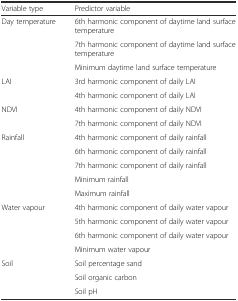
<table><thead><tr><td><b>Variable type</b></td><td><b>Predictor variable</b></td></tr></thead><tbody><tr><td rowspan="3">Day temperature</td><td>6th harmonic component of daytime land surface temperature</td></tr><tr><td>7th harmonic component of daytime land surface temperature</td></tr><tr><td>Minimum daytime land surface temperature</td></tr><tr><td rowspan="2">LAI</td><td>3rd harmonic component of daily LAI</td></tr><tr><td>4th harmonic component of daily LAI</td></tr><tr><td rowspan="2">NDVI</td><td>4th harmonic component of daily NDVI</td></tr><tr><td>7th harmonic component of daily NDVI</td></tr><tr><td rowspan="5">Rainfall</td><td>4th harmonic component of daily rainfall</td></tr><tr><td>6th harmonic component of daily rainfall</td></tr><tr><td>7th harmonic component of daily rainfall</td></tr><tr><td>Minimum rainfall</td></tr><tr><td>Maximum rainfall</td></tr><tr><td rowspan="4">Water vapour</td><td>4th harmonic component of daily water vapour</td></tr><tr><td>5th harmonic component of daily water vapour</td></tr><tr><td>6th harmonic component of daily water vapour</td></tr><tr><td>Minimum water vapour</td></tr><tr><td rowspan="3">Soil</td><td>Soil percentage sand</td></tr><tr><td>Soil organic carbon</td></tr><tr><td>Soil pH</td></tr></tbody></table>